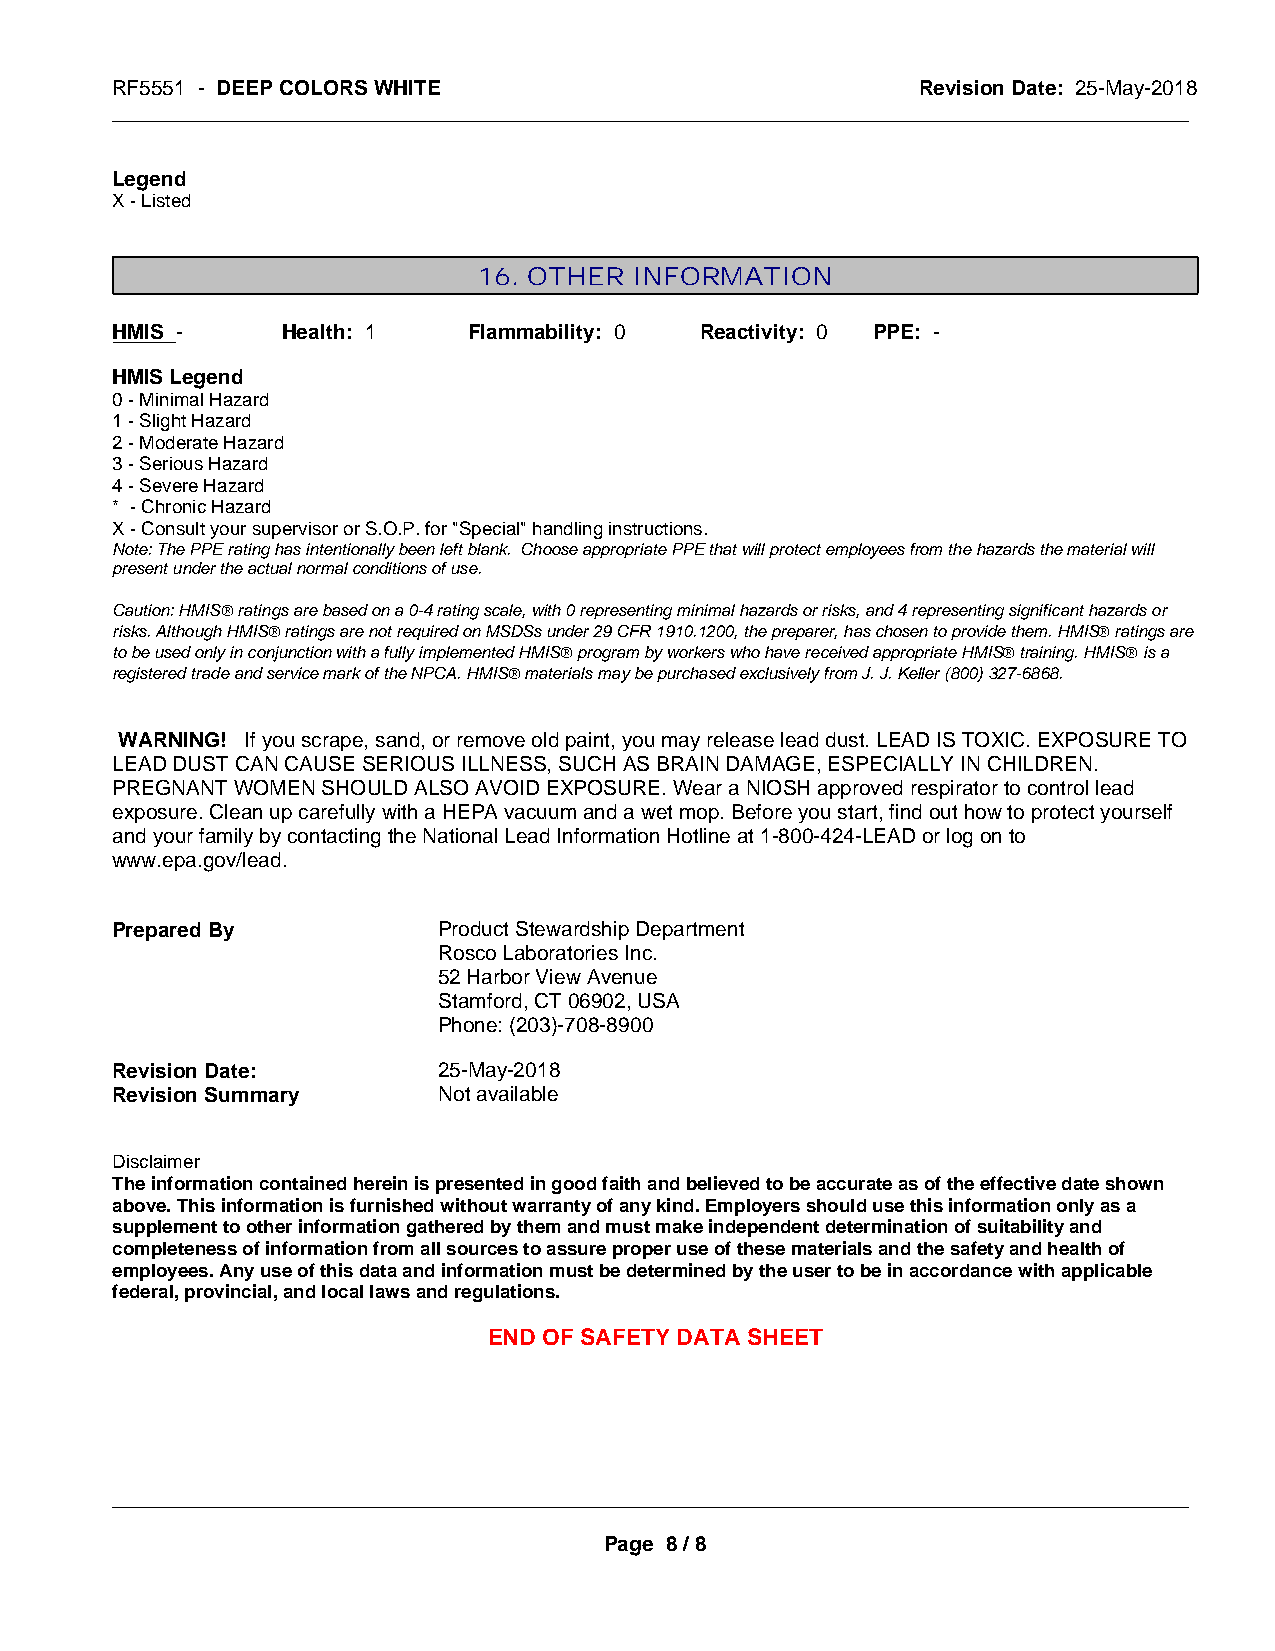
RF5551 - DEEP COLORS WHITE                            Revision Date: 25-May-2018
 _____________________________________________________________________________________________
 Legend
 X - Listed
 16. OTHER INFORMATION
 HMIS -      Health: 1   Flammability: 0 Reactivity: 0 PPE: -
 HMIS Legend
 0 - Minimal Hazard
 1 - Slight Hazard
 2 - Moderate Hazard
 3 - Serious Hazard
 4 - Severe Hazard
 * - Chronic Hazard
 X - Consult your supervisor or S.O.P. for "Special" handling instructions.
 Note: The PPE rating has intentionally been left blank. Choose appropriate PPE that will protect employees from the hazards the material will
 present under the actual normal conditions of use.
 Caution: HMISÒ ratings are based on a 0-4 rating scale, with 0 representing minimal hazards or risks, and 4 representing significant hazards or
 risks. Although HMISÒ ratings are not required on MSDSs under 29 CFR 1910.1200, the preparer, has chosen to provide them. HMISÒ ratings are
 to be used only in conjunction with a fully implemented HMISÒ program by workers who have received appropriate HMISÒ training. HMISÒ is a
 registered trade and service mark of the NPCA. HMISÒ materials may be purchased exclusively from J. J. Keller (800) 327-6868.
 WARNING! If you scrape, sand, or remove old paint, you may release lead dust. LEAD IS TOXIC. EXPOSURE TO
 LEAD DUST CAN CAUSE SERIOUS ILLNESS, SUCH AS BRAIN DAMAGE, ESPECIALLY IN CHILDREN.
 PREGNANT WOMEN SHOULD ALSO AVOID EXPOSURE. Wear a NIOSH approved respirator to control lead
 exposure. Clean up carefully with a HEPA vacuum and a wet mop. Before you start, find out how to protect yourself
 and your family by contacting the National Lead Information Hotline at 1-800-424-LEAD or log on to
 www.epa.gov/lead.
 Prepared By           Product Stewardship Department
 Rosco Laboratories Inc.
 52 Harbor View Avenue
 Stamford, CT 06902, USA
 Phone: (203)-708-8900
 Revision Date:        25-May-2018
 Revision Summary      Not available
 Disclaimer
 The information contained herein is presented in good faith and believed to be accurate as of the effective date shown
 above. This information is furnished without warranty of any kind. Employers should use this information only as a
 supplement to other information gathered by them and must make independent determination of suitability and
 completeness of information from all sources to assure proper use of these materials and the safety and health of
 employees. Any use of this data and information must be determined by the user to be in accordance with applicable
 federal, provincial, and local laws and regulations.
 END OF SAFETY DATA SHEET
 _____________________________________________________________________________________________
 Page 8 / 8